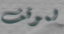
لموقف